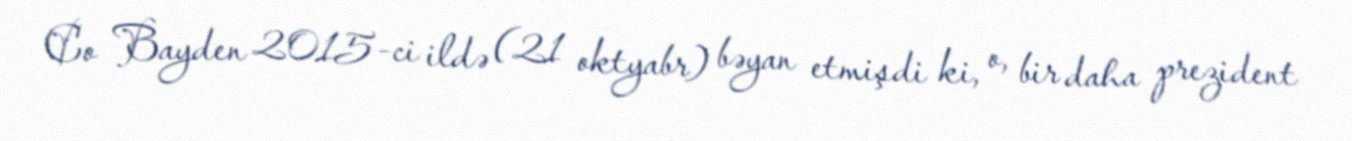
Co Bayden 2015-ci ildə (21 oktyabr) bəyan etmişdi ki, o, bir daha prezident